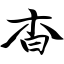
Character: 杳